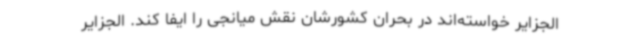
الجزایر خواسته‌اند در بحران کشورشان نقش میانجی را ایفا کند. الجزایر